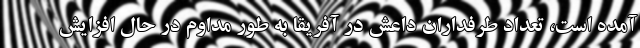
آمده است، تعداد طرفداران داعش در آفریقا به طور مداوم در حال افزایش